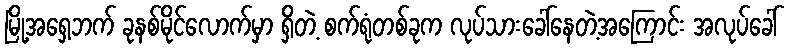
မြို့အရှေ့ဘက် ခုနစ်မိုင်လောက်မှာ ရှိတဲ့ စက်ရုံတစ်ခုက လုပ်သားခေါ်နေတဲ့အကြောင်း အလုပ်ခေါ်